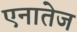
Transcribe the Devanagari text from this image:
एनातेज